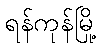
ရန်ကုန်မြို့